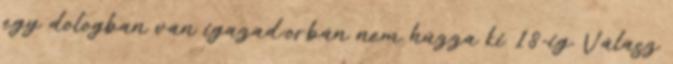
egy dologban van igazad:orbán nem húzza ki 18-ig. Válasz